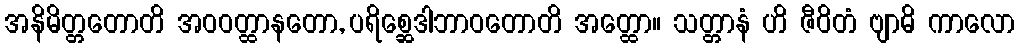
အနိမိတ္တတောတိ အဝဝတ္ထာနတော, ပရိစ္ဆေဒါဘာဝတောတိ အတ္ထော။ သတ္တာနံ ဟိ ဇီဝိတံ ဗျာဓိ ကာလော